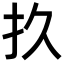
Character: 𫼖